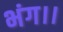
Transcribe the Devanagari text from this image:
भंग।।